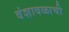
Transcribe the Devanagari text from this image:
वंशावळाची